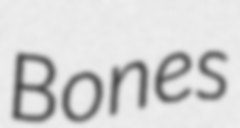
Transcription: Bones